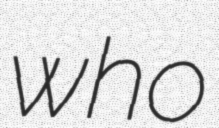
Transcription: who